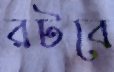
রটবে